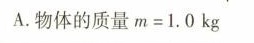
A.物体的质量$$m = 1 . 0 kg$$